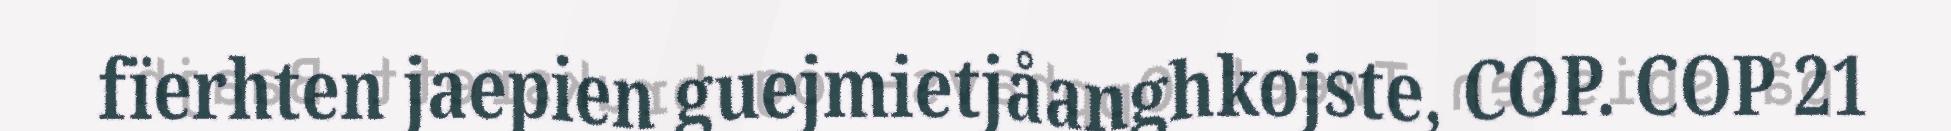
fïerhten jaepien guejmietjåanghkojste, COP. COP 21